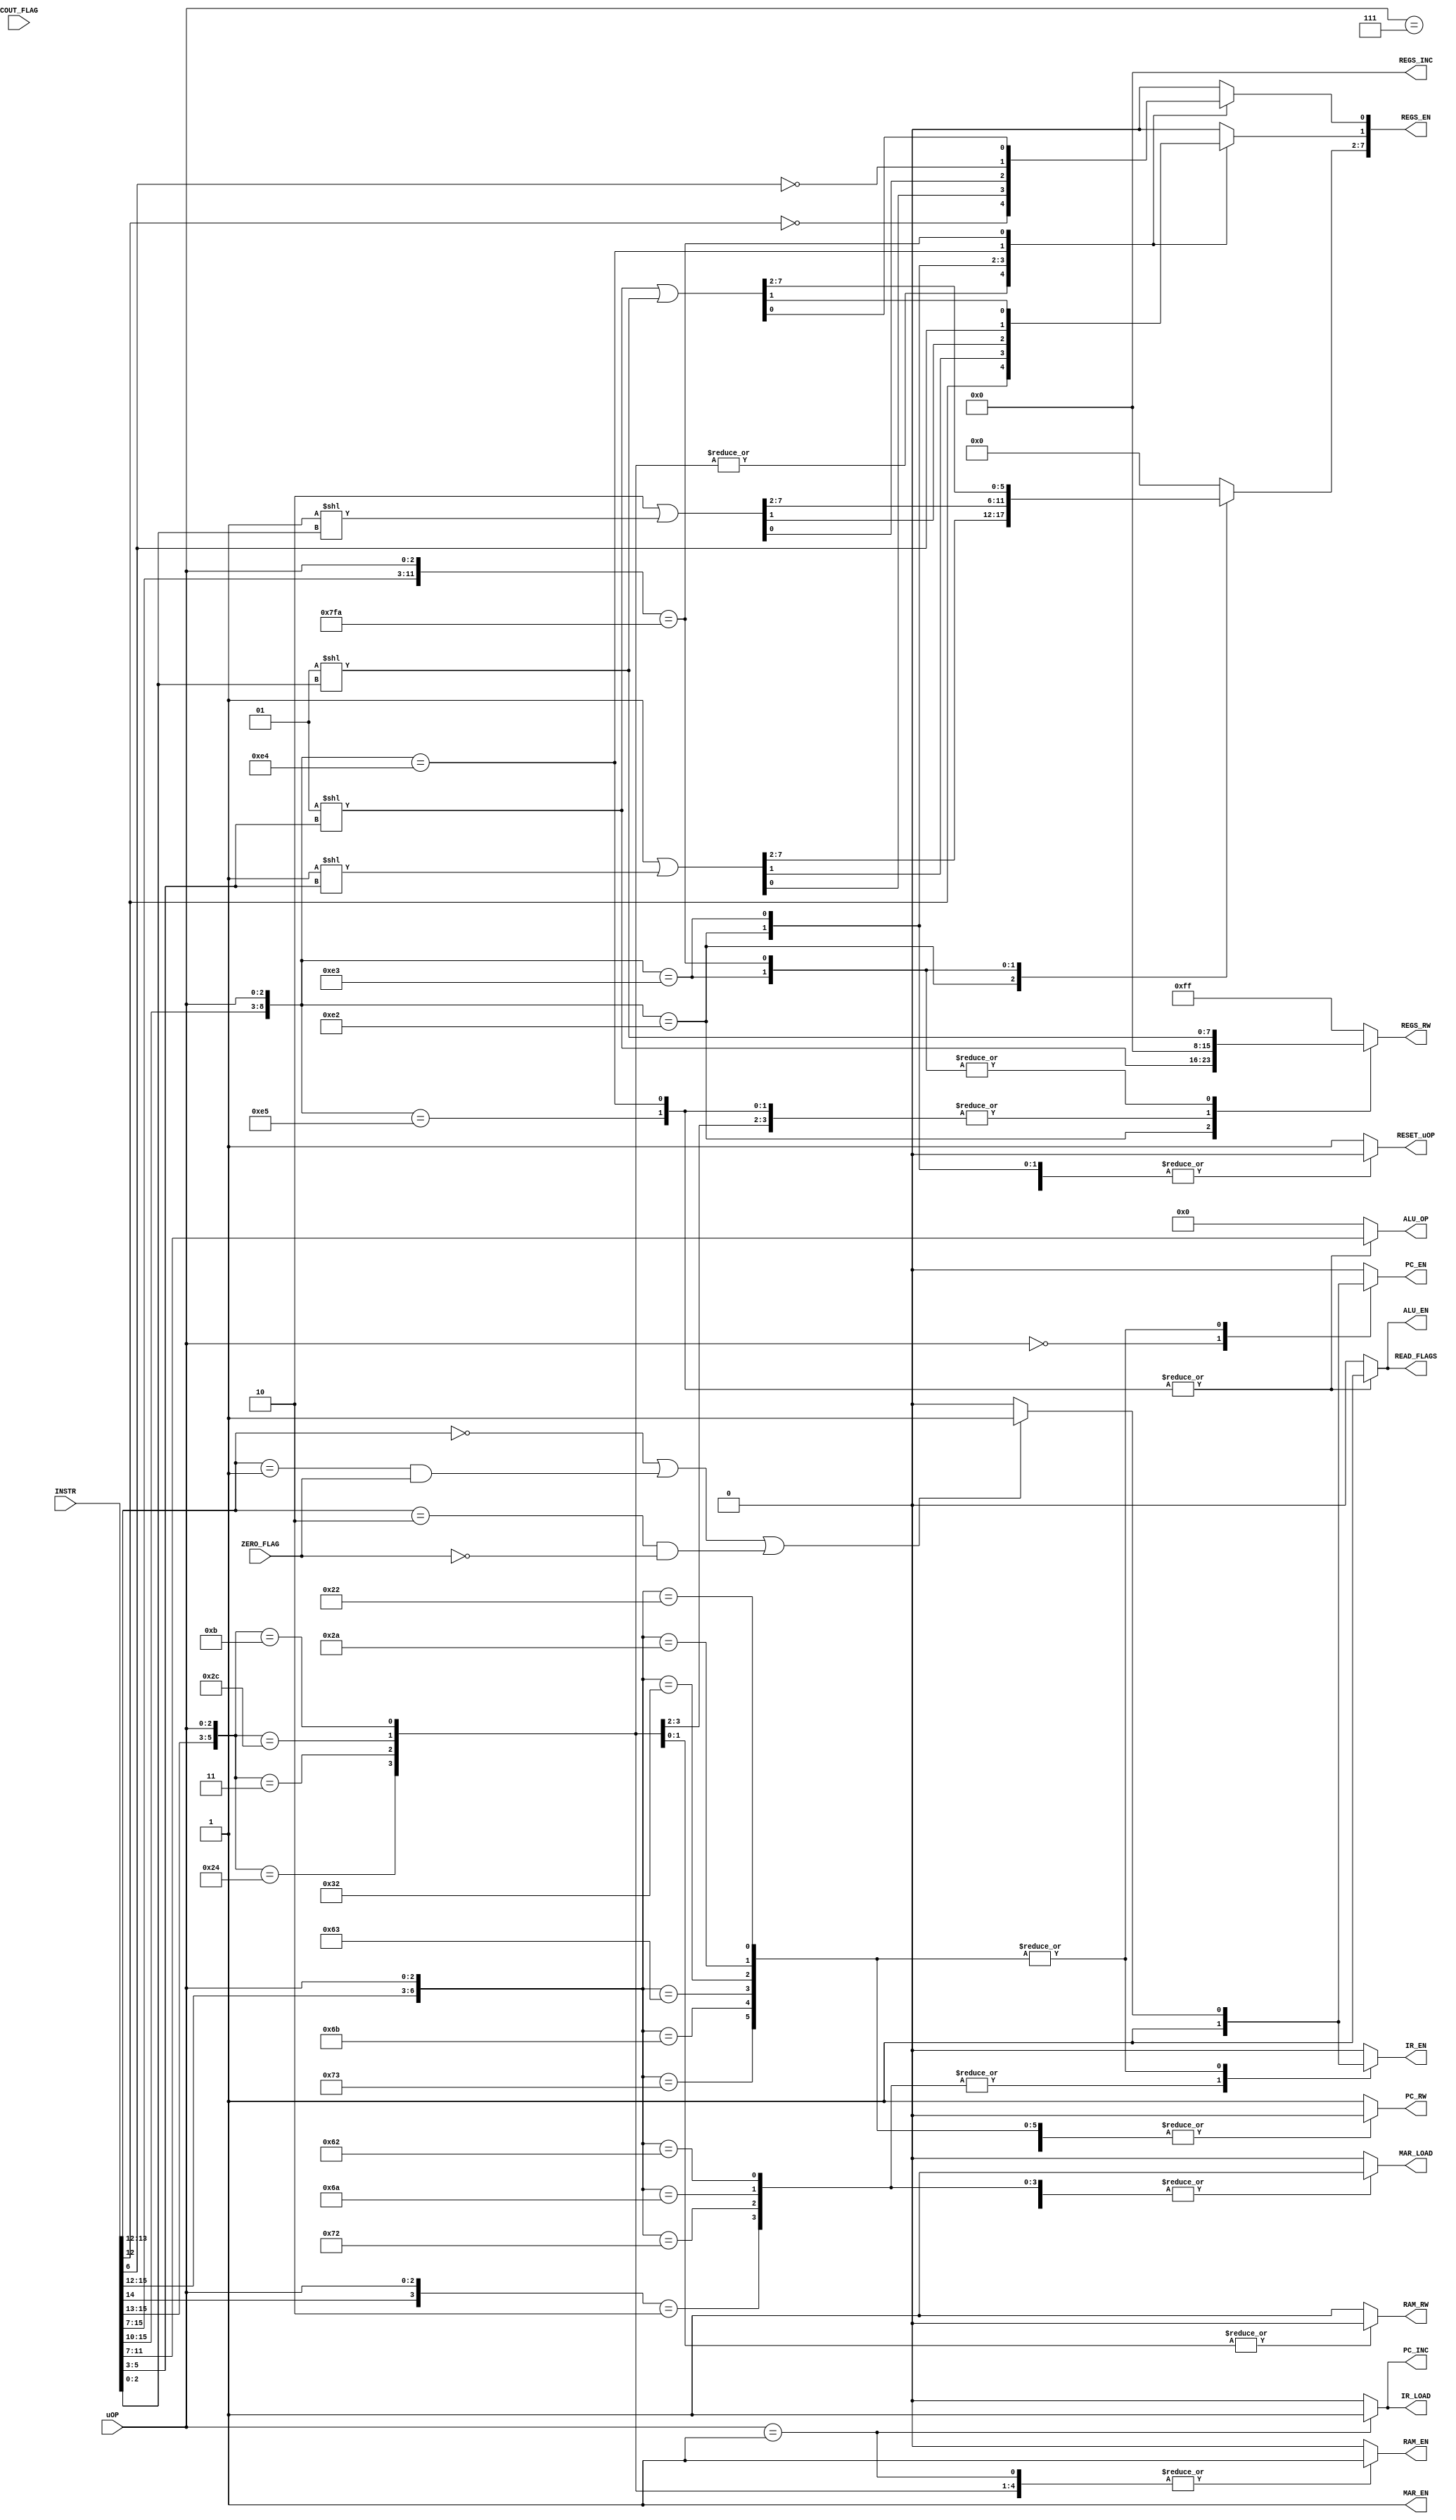
`timescale 1ns/1ns

// to standardize the registers,
//if the bus is 2 wide, it's r/w, then en
//if three, it's inc, then  r/w, then en

module controller_rom(
  input wire [15:0] INSTR, // instruction high
  input wire [2:0]  uOP,   // microoperation

  input wire ZERO_FLAG,
  input wire COUT_FLAG,

  output reg RESET_uOP,
  output reg READ_FLAGS,

  output reg PC_INC,
  output reg PC_RW,
  output reg PC_EN,

  output reg MAR_LOAD,
  output reg MAR_EN,

  output reg RAM_RW,
  output reg RAM_EN,

  output reg IR_LOAD,
  output reg IR_EN,

  //A, B, 3, 4, 5, 6, 7, OUT (from small to big)
  output reg [7:0] REGS_INC,
  output reg [7:0] REGS_RW,
  output reg [7:0] REGS_EN,

  output reg ALU_EN,
  output reg [4:0] ALU_OP
);

wire [3:0] instr_h;
wire [4:0] instr_l;
wire acc_a_b;
wire [2:0] op1;
wire [2:0] op2;

wire jmp_cond;

// select the connections for each of the bits
assign instr_h = INSTR[15:12];
assign instr_l = INSTR[11:7];
assign acc_a_b = INSTR[6];
assign op1     = INSTR[5:3];
assign op2     = INSTR[2:0];

// condition for a jump 
assign jump_cond = (
  instr_h[1:0] == 2'b00 |                 // unconditional jump
  (instr_h[1:0] == 2'b01 &&  ZERO_FLAG) | // branch if zero
  (instr_h[1:0] == 2'b10 && !ZERO_FLAG)   // branch if not zero
);

always @*
begin
  casez ({instr_h, instr_l, uOP})
    // fetch 
    12'b?????????000: begin
      // MAR <- PC 
      PC_INC <= 1'b0; PC_RW <= 1'b1; PC_EN <= 1'b1;
      MAR_LOAD <= 1'b1; MAR_EN <= 1'b1;
      RAM_RW <= 1'b1; RAM_EN <= 1'b0;
      IR_LOAD <= 1'b0; IR_EN <= 1'b0;
      REGS_INC <= 8'h00; REGS_RW <= 8'hFF; REGS_EN <= 8'h00;
      ALU_EN <= 0; ALU_OP <= 0;
      RESET_uOP <= 1'b0; READ_FLAGS <= 1'b0;
    end

    // decode
    12'b?????????001: begin
      // PC <= PC + 1, IR <= RAM[MAR]
      PC_INC <= 1'b1; PC_RW <= 1'b0; PC_EN <= 1'b0;
      MAR_LOAD <= 1'b0; MAR_EN <= 1'b1;
      RAM_RW <= 1'b1; RAM_EN <= 1'b1;
      IR_LOAD <= 1'b1; IR_EN <= 1'b0;
      REGS_INC <= 8'h00; REGS_RW <= 8'hFF; REGS_EN <= 8'h00;
      ALU_EN <= 1'b0; ALU_OP <= 0;
      RESET_uOP <= 1'b0; READ_FLAGS <= 1'b0;
    end

    // reset
    12'b?????????111: begin
      // default state 
      PC_INC <= 1'b0; PC_RW <= 1'b1; PC_EN <= 1'b0;
      MAR_LOAD <= 1'b0; MAR_EN <= 1'b1;
      RAM_RW <= 1'b1; RAM_EN <= 1'b0;
      IR_LOAD <= 1'b0; IR_EN <= 1'b0;
      REGS_INC <= 8'h00; REGS_RW <= 8'hFF; REGS_EN <= 8'h00;
      ALU_EN <= 1'b0; ALU_OP <= 0;
      RESET_uOP <= 1'b0; READ_FLAGS <= 1'b0;
    end 

    // for LDA, LDB, STA, STB
    // direct and indirect uOP 2
    // MAR <= IR[11:0]
    12'b?0???????010: begin // uOP 2
      PC_INC <= 1'b0; PC_RW <= 1'b1; PC_EN <= 1'b0;
      MAR_LOAD <= 1'b1; MAR_EN <= 1'b1;
      RAM_RW <= 1'b1; RAM_EN <= 1'b0;
      IR_LOAD <= 1'b0; IR_EN <= 1'b1;
      REGS_INC <= 8'h00; REGS_RW <= 8'hFF; REGS_EN <= 8'h00;
      ALU_EN <= 0; ALU_OP <= 0;
      RESET_uOP <= 1'b0; READ_FLAGS <= 1'b0;
    end

    // for LDA, LDB, STA, STB 
    // indirect uOP 3
    // MAR <= RAM[MAR]
    12'b10???????010: begin // uOP 3
      PC_INC <= 1'b0; PC_RW <= 1'b1; PC_EN <= 1'b0;
      MAR_LOAD <= 1'b1; MAR_EN <= 1'b1;
      RAM_RW <= 1'b1; RAM_EN <= 1'b1;
      IR_LOAD <= 1'b0; IR_EN <= 1'b1;
      REGS_INC <= 8'h00; REGS_RW <= 8'hFF; REGS_EN <= 8'h00;
      ALU_EN <= 0; ALU_OP <= 0;
      RESET_uOP <= 1'b0; READ_FLAGS <= 1'b0;
    end

    // LDA, LDB (direct or indirect)
    // A or B <= RAM[MAR]
    12'b000??????011, // direct
    12'b100??????100: // indirect
    begin
      // read from the ram
      PC_INC <= 1'b0; PC_RW <= 1'b1; PC_EN <= 1'b0;
      MAR_LOAD <= 1'b0; MAR_EN <= 1'b1;
      RAM_RW <= 1'b1; RAM_EN <= 1'b1;
      IR_LOAD <= 1'b0; IR_EN <= 1'b0;
      REGS_INC[7:0] <= 8'h00; REGS_RW <= 8'h00; REGS_EN[7:2] <= 6'h00;
      ALU_EN <= 1'b0; ALU_OP <= 0;
      READ_FLAGS <= 1'b0;

      // all of the registers are set to write mode
      // select to enable either A or B
      // 0 in instr_h[0] is A, 1 is B
      REGS_EN[0] <= ~instr_h[0];
      REGS_EN[1] <= instr_h[0];

      RESET_uOP <= 1'b1;
    end 

    // STA, STB (direct or indirect)
    // RAM[MAR] <= A or B
    12'b001??????011, // direct
    12'b101??????100: // indirect
    begin
      // write to the ram
      PC_INC <= 1'b0; PC_RW <= 1'b1; PC_EN <= 1'b0;
      MAR_LOAD <= 1'b0; MAR_EN <= 1'b1;
      RAM_RW <= 1'b0; RAM_EN <= 1'b1;
      IR_LOAD <= 1'b0; IR_EN <= 1'b0;
      REGS_INC[7:0] <= 8'h00; REGS_RW <= 8'hFF; REGS_EN[7:2] <= 6'h00;
      ALU_EN <= 1'b0; ALU_OP <= 1'b0;
      READ_FLAGS <= 1'b0;

      // all of the registers are set to read mode
      // select to enable either A or B
      // 0 in instr_h[0] is A, 1 is B
      REGS_EN[0] <= ~instr_h[0];
      REGS_EN[1] <= instr_h[0];

      RESET_uOP <= 1'b1;
    end 

    // JMP (indirect) uOP 2
    // MAR <= IR[11:0]
    12'b1100?????010,
    12'b1101?????010,
    12'b1110?????010: begin // uOP 2
      PC_INC <= 1'b0; PC_RW <= 1'b1; PC_EN <= 1'b0;
      MAR_LOAD <= 1'b1; MAR_EN <= 1'b1;
      RAM_RW <= 1'b1; RAM_EN <= 1'b0;
      IR_LOAD <= 1'b0; IR_EN <= 1'b1;
      REGS_INC <= 8'h00; REGS_RW <= 8'hFF; REGS_EN <= 8'h00;
      ALU_EN <= 0; ALU_OP <= 0;
      RESET_uOP <= 1'b0; READ_FLAGS <= 1'b0;
    end

    // JMP (direct) uOP 2
    12'b0100?????010,
    12'b0101?????010,
    12'b0110?????010,
    // JMP (indirect) uOP 3
    12'b1100?????011,
    12'b1101?????011,
    12'b1110?????011:
    // PC <- IR[11:0]
    begin
      // write PC from IR 
      PC_INC <= 1'b0; PC_RW <= 1'b0;
      MAR_LOAD <= 1'b0; MAR_EN <= 1'b1;
      RAM_RW <= 1'b1; RAM_EN <= 1'b0;
      IR_LOAD <= 1'b0; 
      REGS_INC <= 8'h00; REGS_RW <= 8'hFF; REGS_EN <= 8'h00;
      ALU_EN <= 1'b0; ALU_OP <= 0;
      READ_FLAGS <= 1'b0;

      // only allow the move if the jump condition is satisfied
      IR_EN <= (jump_cond) ? 1'b1 : 1'b0;
      PC_EN <=  (jump_cond) ? 1'b1 : 1'b0;

      RESET_uOP <= 1'b1;
    end 

    // register
    // ALU
    // A <= r[op1]
    12'b011100???010: // uOP 2
    begin 
      // everything else off 
      PC_INC <= 1'b0; PC_RW <= 1'b1; PC_EN <= 1'b0;
      MAR_LOAD <= 1'b0; MAR_EN <= 1'b1;
      RAM_RW <= 1'b1; RAM_EN <= 1'b0;
      IR_LOAD <= 1'b0; IR_EN <= 1'b0;
      ALU_EN <= 1'b0; ALU_OP <= 0;
      RESET_uOP <= 1'b0; READ_FLAGS <= 1'b0;

      REGS_INC <= 8'h00;
      // read from op1
      REGS_RW <= (1 << op1);
      // enable A and op1 
      REGS_EN <= 8'h01 | (1 << op1); 
    end

    // B <= r[op2]
    12'b011100???011: // uOP 3 
    begin
      // everything else off 
      PC_INC <= 1'b0; PC_RW <= 1'b1; PC_EN <= 1'b0;
      MAR_LOAD <= 1'b0; MAR_EN <= 1'b1;
      RAM_RW <= 1'b1; RAM_EN <= 1'b0;
      IR_LOAD <= 1'b0; IR_EN <= 1'b0;
      ALU_EN <= 1'b0; ALU_OP <= 0;
      RESET_uOP <= 1'b0; READ_FLAGS <= 1'b0;

      REGS_INC <= 8'h00;
      // read from op2
      REGS_RW <= (1 << op2);
      // enable B and op2 
      REGS_EN <= 8'h02 | (1 << op2); 
    end

    // A or B <= ALU
    12'b011100???100: 
    begin
      // disable everything else
      PC_INC <= 1'b0; PC_RW <= 1'b1; PC_EN <= 1'b0;
      MAR_LOAD <= 1'b0; MAR_EN <= 1'b1;
      RAM_RW <= 1'b1; RAM_EN <= 1'b0;
      IR_LOAD <= 1'b0; IR_EN <= 1'b0;
      REGS_INC[7:0] <= 8'h00; REGS_RW <= 8'h00; REGS_EN[7:2] <= 6'h00;
      RESET_uOP <= 1'b0;

      // enable the ALU
      ALU_EN <= 1'b1; 
      ALU_OP <= instr_l;

      // all of the registers are set to write mode
      // select to enable either A or B
      // 0 in instr_h[0] is A, 1 is B
      REGS_EN[0] <= ~acc_a_b;
      REGS_EN[1] <= acc_a_b;

      READ_FLAGS <= 1'b1;
    end

    // read flags (wait for them to have stabilized)
    12'b011100???101: 
    begin
      // disable everything else
      PC_INC <= 1'b0; PC_RW <= 1'b1; PC_EN <= 1'b0;
      MAR_LOAD <= 1'b0; MAR_EN <= 1'b1;
      RAM_RW <= 1'b1; RAM_EN <= 1'b0;
      IR_LOAD <= 1'b0; IR_EN <= 1'b0;
      REGS_INC[7:0] <= 8'h00; REGS_RW <= 8'h00; REGS_EN[7:0] <= 8'h00;

      // enable the ALU
      ALU_EN <= 1'b1; 
      ALU_OP <= instr_l;

      RESET_uOP <= 1'b1;
      READ_FLAGS <= 1'b1;
    end

    // MOV
    12'b011111111010: begin
      // everything else off 
      PC_INC <= 1'b0; PC_RW <= 1'b1; PC_EN <= 1'b0;
      MAR_LOAD <= 1'b0; MAR_EN <= 1'b1;
      RAM_RW <= 1'b1; RAM_EN <= 1'b0;
      IR_LOAD <= 1'b0; IR_EN <= 1'b0;
      ALU_EN <= 1'b0; ALU_OP <= 1'b0;
      READ_FLAGS <= 1'b0;

      REGS_INC <= 8'h00;
      // make the register we need to read from in read mode
      REGS_RW <= (1 << op2);
      // enable both registers
      REGS_EN <= (1 << op1) | (1 << op2); 

      RESET_uOP <= 1'b1;
    end

    // NOP
    12'b1111?????010:
    begin
      // default state 
      PC_INC <= 1'b0; PC_RW <= 1'b1; PC_EN <= 1'b0;
      MAR_LOAD <= 1'b0; MAR_EN <= 1'b1;
      RAM_RW <= 1'b1; RAM_EN <= 1'b0;
      IR_LOAD <= 1'b0; IR_EN <= 1'b0;
      REGS_INC <= 8'h00; REGS_RW <= 8'hFF; REGS_EN <= 8'h00;
      ALU_EN <= 1'b0; ALU_OP <= 0;
      RESET_uOP <= 1'b1; READ_FLAGS <= 1'b0;
    end
    default:
    begin
      // default state 
      PC_INC <= 1'b0; PC_RW <= 1'b1; PC_EN <= 1'b0;
      MAR_LOAD <= 1'b0; MAR_EN <= 1'b1;
      RAM_RW <= 1'b1; RAM_EN <= 1'b0;
      IR_LOAD <= 1'b0; IR_EN <= 1'b0;
      REGS_INC <= 8'h00; REGS_RW <= 8'hFF; REGS_EN <= 8'h00;
      ALU_EN <= 1'b0; ALU_OP <= 0;
      RESET_uOP <= 1'b1; READ_FLAGS <= 1'b0;
    end
  endcase
end
endmodule